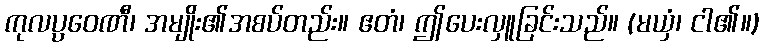
ကုလပ္ပဝေဏီ၊ အမျိုး၏အစပ်တည်း။ ဧတံ၊ ဤပေးလှူခြင်းသည်။ (မယှံ၊ ငါ၏။)